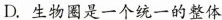
D.生物圈是一个统一的整体